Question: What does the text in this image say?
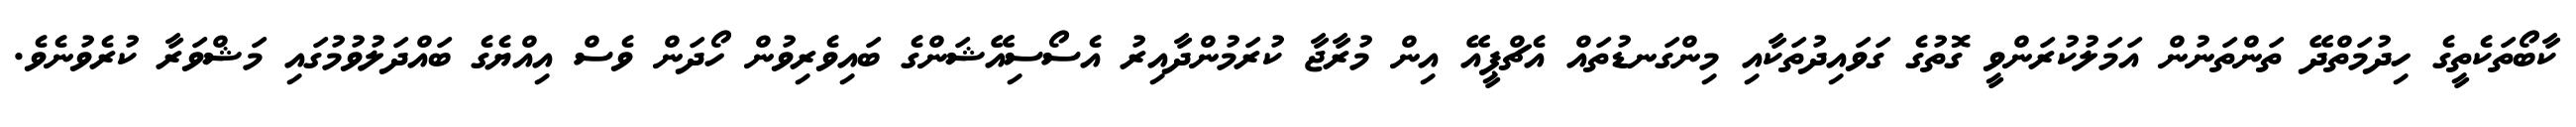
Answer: ކާބޯތަކެތީގެ ހިދުމަތްދޭ ތަންތަނުން އަމަލުކުރަންވީ ގޮތުގެ ގަވައިދުތަކާއި މިންގަނޑުތައް އެޗްޕީއޭ އިން މުރާޖާ ކުރަމުންދާއިރު އެސޯސިއޭޝަންގެ ބައިވެރިވުން ހޯދަން ވެސް އިއްޔެގެ ބައްދަލުވުމުގައި މަޝްވަރާ ކުރެވުނެވެ.